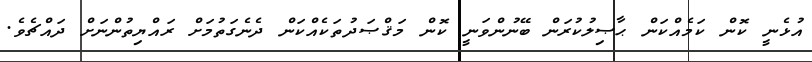
އުޅެނީ ކޮން ކަމެއްކަން ޙާޞިލުކުރަން ބޭނުންވަނީ ކޮން މަޤްޞަދުތަކެއްކަން ދެނެގަތުމަށް ރައްޔިތުންނަށް ދައްޗެވެ.